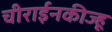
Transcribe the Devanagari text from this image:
चीराईनकीज्हू